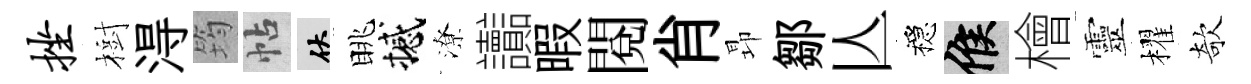
挫樹淂筠帖伏眺撼潦讟暇閲肖昻鄒亾穩候檜靈櫂欹